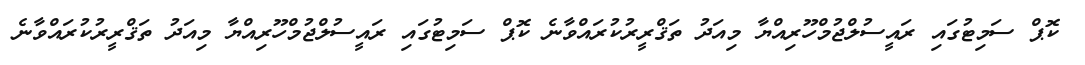
ކޮޕް ސަމިޓުގައި ރައީސުލްޖުމްހޫރިއްޔާ މިއަދު ތަޤްރީރުކުރައްވާނެ ކޮޕް ސަމިޓުގައި ރައީސުލްޖުމްހޫރިއްޔާ މިއަދު ތަޤްރީރުކުރައްވާނެ